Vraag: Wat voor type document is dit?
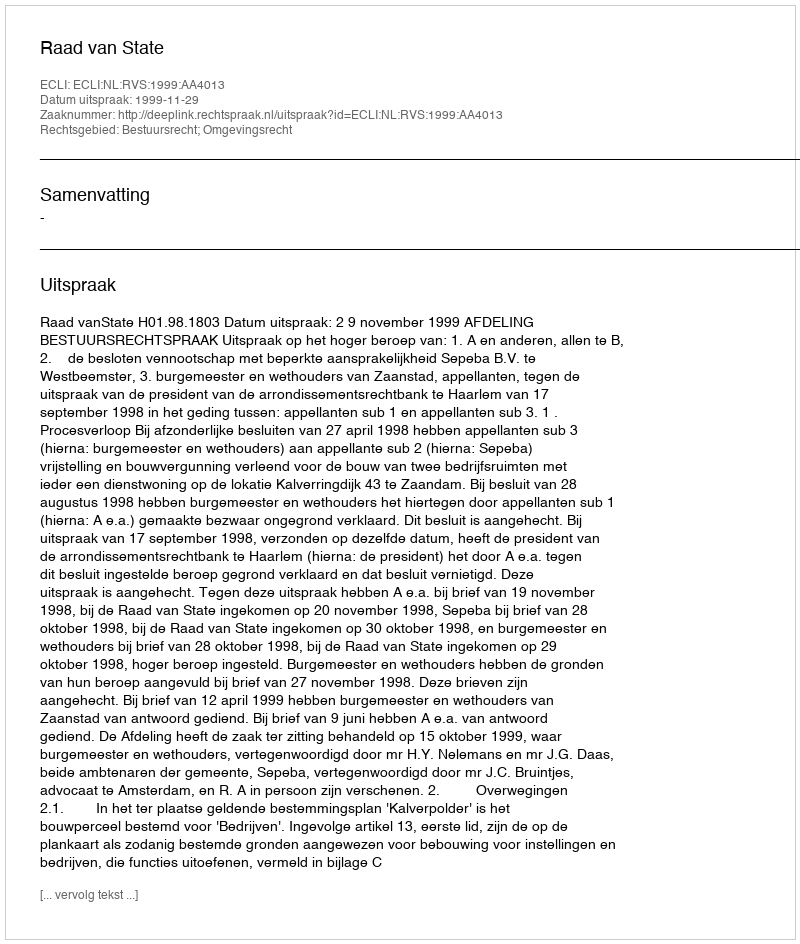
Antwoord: Uitspraak